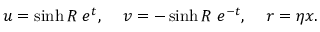
u = \sinh R \; e ^ { t } , \; \; \; \; v = - \sinh R \; e ^ { - t } , \; \; \; \; r = \eta x .